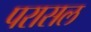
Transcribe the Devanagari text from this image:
परासल